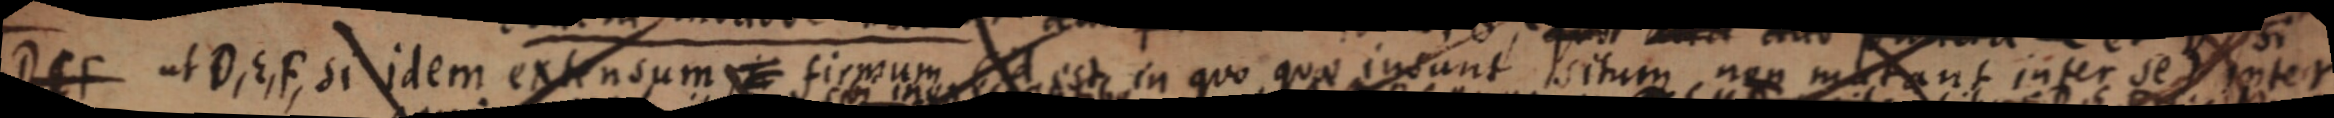
D E F ut D, E, F, si idem extensum _ firmum id est in quo quae insunt situm nep mutant inter se _ inter